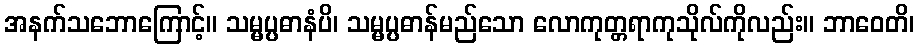
အနက်သဘောကြောင့်။ သမ္မပ္ပဓာနံပိ၊ သမ္မပ္ပဓာန်မည်သော လောကုတ္တရာကုသိုလ်ကိုလည်း။ ဘာဝေတိ၊